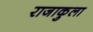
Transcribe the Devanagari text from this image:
राजाकुला